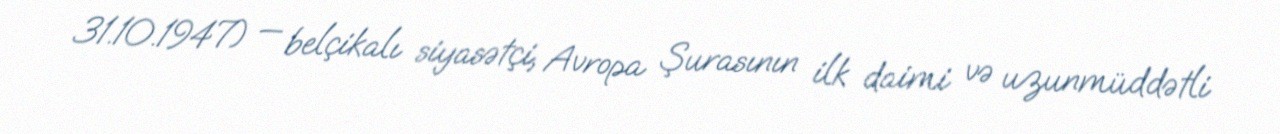
31.10.1947) — belçikalı siyasətçi, Avropa Şurasının ilk daimi və uzunmüddətli